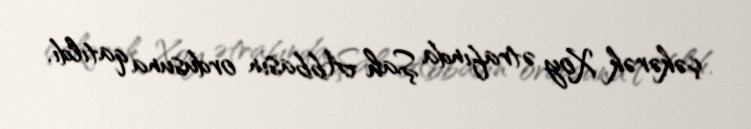
çəkərək Xoy ətrafında Şah Abbasın ordusuna qatıldı.